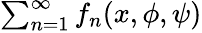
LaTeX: \textstyle{\sum_{n=1}^{\infty}f_{n}(x,\phi,\psi)}